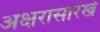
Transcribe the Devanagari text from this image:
अक्षरासारखे